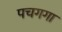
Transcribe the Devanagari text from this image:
पचगगा